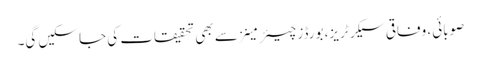
صوبائی، وفاقی سیکرٹریز، بورڈز چیئرمینز سے بھی تحقیقات کی جا سکیں گی۔